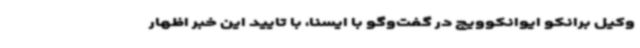
وکیل برانکو ایوانکوویچ در گفت‌وگو با ایسنا، با تایید این خبر اظهار